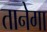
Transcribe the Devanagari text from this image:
तानेगा